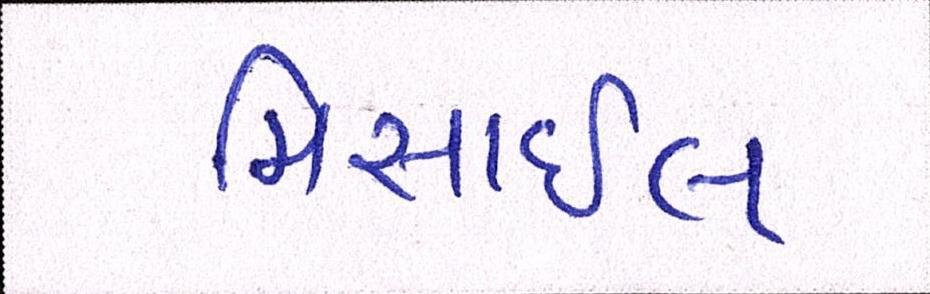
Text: મિસાઇલ